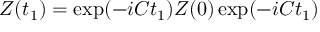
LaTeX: Z ( t _ { 1 } ) = \exp ( - i C t _ { 1 } ) Z ( 0 ) \exp ( - i C t _ { 1 } )